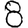
Digit: 8